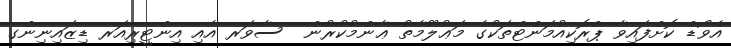
އެވޯޑް ކޮށްފައިވާ ޕްރޮކިއުމަންޓްތަކުގެ މަޢުލޫމާތު ޢާންމުކުރުން  ސާވަރ އާއި އިންޓީރިއަރ ޑިޒައިނިންގ